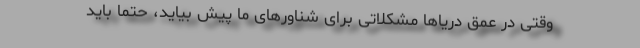
وقتی در عمق دریاها مشکلاتی برای شناورهای ما پیش بیاید، حتماً باید